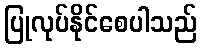
ပြုလုပ်နိုင်စေပါသည်